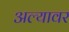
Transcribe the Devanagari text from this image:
अल्यावर